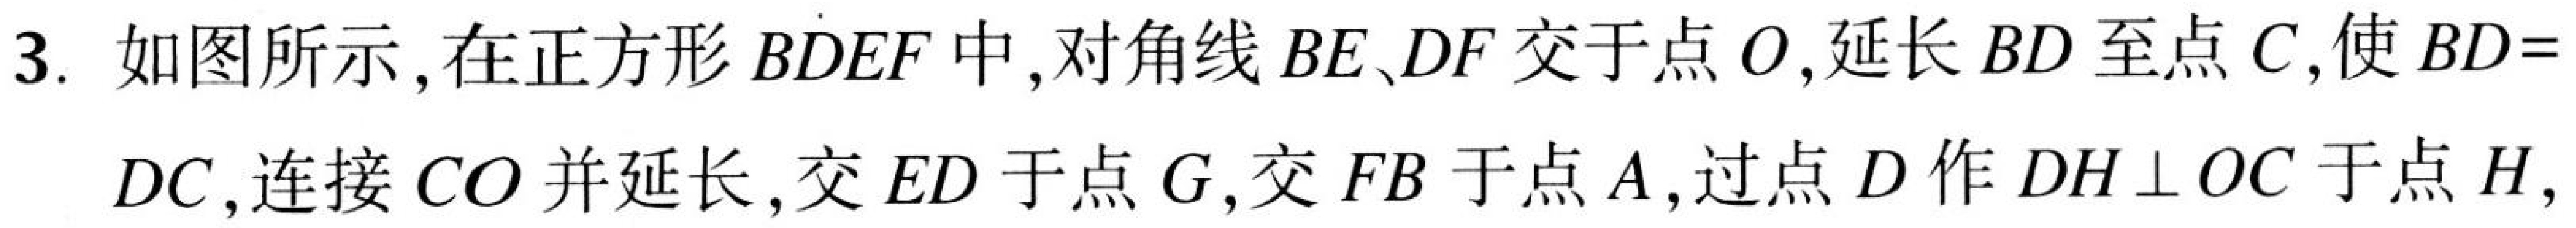
3. 如图所示，在正方形\(BDEF\)中, 对角线\(BE、DF\)交于点\(O\),延长\(BD\)至点\(C\),使\(BD = DC\),连接\(CO\)并延长, 交\(ED\)于点\(G\),交\(FB\)于点\(A\),过点\(D\)作\(DH\perp OC\)于点\(H\),